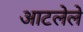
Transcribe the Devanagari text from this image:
आटलेले